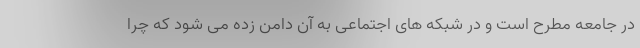
در جامعه مطرح است و در شبکه های اجتماعی به آن دامن زده می شود که چرا